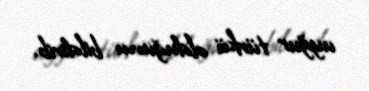
uyğur türkü olduğunu bildirib.